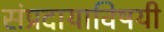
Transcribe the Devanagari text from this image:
संप्रदायाविषयी